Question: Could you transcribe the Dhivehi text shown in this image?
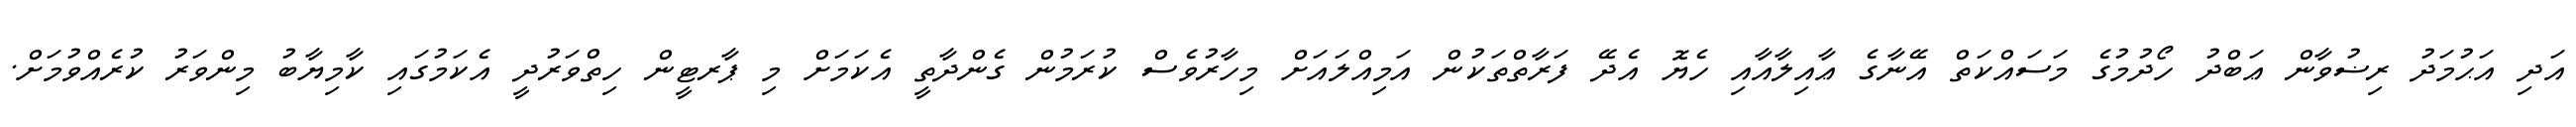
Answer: އަދި އަޙުމަދު ރިޟުވާން ޢަބްދު ހޯދުމުގެ މަސައްކަތް އޭނާގެ ޢާއިލާއާއި ހެޔޮ އެދޭ ފަރާތްތަކުން އަމިއްލައަށް މިހާރުވެސް ކުރަމުން ގެންދާތީ އެކަމަށް މި ޕާރޓީން ހިތްވަރުދީ އެކަމުގައި ކާމިޔާބު މިންވަރު ކުރެއްވުމަށް.